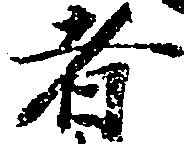
者